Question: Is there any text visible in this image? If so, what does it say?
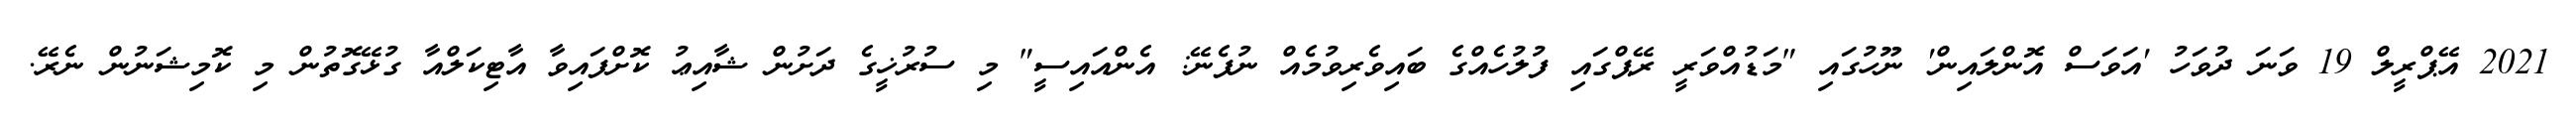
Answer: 2021 އޭޕްރީލް 19 ވަނަ ދުވަހު 'އަވަސް އޮންލައިން' ނޫހުގައި "މަޑުއްވަރީ ރޭޕްގައި ފުލުހެއްގެ ބައިވެރިވުމެއް ނުފެނޭ: އެންއައިސީ" މި ސުރުޚީގެ ދަށުން ޝާއިޢު ކޮށްފައިވާ އާޓިކަލްއާ ގުޅޭގޮތުން މި ކޮމިޝަނުން ނެރޭ.